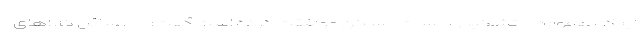
اینکه همواره با تشکیل جلسات مسکن موافقت کرده است گفت: ما مسائل کالاهای